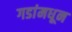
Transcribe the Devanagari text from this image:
गडांमधून